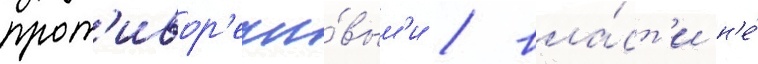
прот'ивор'ечи́вым'и / вла́ст'и н'е́